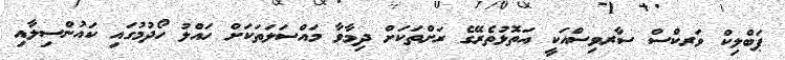
ޕަބްލިކް ވަރކްސް ސާރވިސްއަކީ އަތޮޅުތެރޭގެ ރަށްތަކަށް ދިމާވާ މައްސަލަތަކަށް ހައްލު ހޯދުމުގައި ކައުންސިލާއި